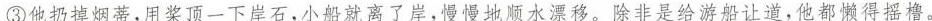
③他扔掉烟蒂，用桨顶一下岸石，小船就离了岸，慢慢地顺水漂移。除非是给游船让道，他都懒得摇橹。